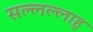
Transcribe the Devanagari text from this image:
सल्लल्लाहु